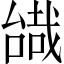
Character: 𠼷